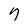
Character: 7